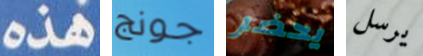
هذه جونج يحضر يرسل